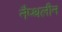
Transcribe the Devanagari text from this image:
नैप्थलीन